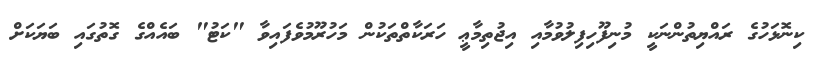
ކިނޮޅަހުގެ ރައްޔިތުންނަކީ މުނިފޫހިފިލުވުމާއި އިޖުތިމާޢީ ހަރަކާތްތަކުން މަހުރޫމުވެފައިވާ "ކަޓު" ބައެއްގެ ގޮތުގައި ބަޔަކަށް